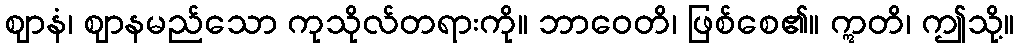
ဈာနံ၊ ဈာနမည်သော ကုသိုလ်တရားကို။ ဘာဝေတိ၊ ဖြစ်စေ၏။ ဣတိ၊ ဤသို့။